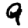
Digit: 9